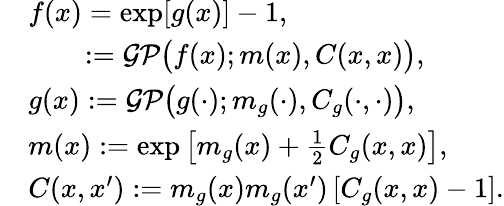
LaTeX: \begin{array}{rl}&{f(x)=\exp[g(x)]-1,}\\ &{\quad\quad:=\mathcal{GP}\big(f(x);m(x),C(x,x)\big),}\\ &{g(x):=\mathcal{GP}\big(g(\cdot);m_{g}(\cdot),C_{g}(\cdot,\cdot)\big),}\\ &{m(x):=\exp\left[m_{g}(x)+\frac{1}{2}C_{g}(x,x)\right],}\\ &{C(x,x^{\prime}):=m_{g}(x)m_{g}(x^{\prime})\left[C_{g}(x,x)-1\right].}\end{array}